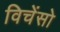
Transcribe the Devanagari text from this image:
विचेंसो